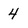
Character: 4